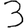
Digit: 3